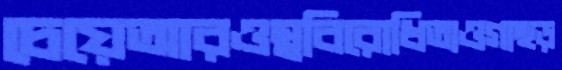
চেয়েআরওস্ববিরোধিতাওগাছড়